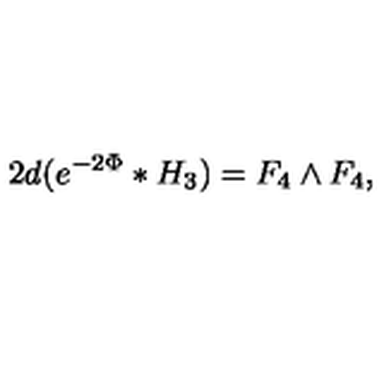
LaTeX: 2 d ( e ^ { - 2 \Phi } * H _ { 3 } ) = F _ { 4 } \wedge F _ { 4 } ,